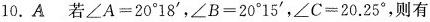
10.A若$$\angle A=20^{\circ}18^{\prime}$$，$$\angle B=20^{\circ}15^{\prime}$$，$$\angle C=20.25^{\circ}$$，则有